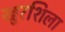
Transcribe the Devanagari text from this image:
खुरशिला